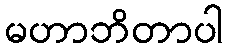
မဟာဘိတာပါ